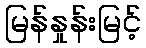
မြန်နှုန်းမြင့်